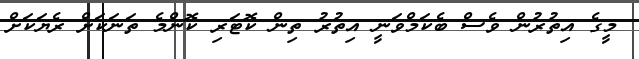
މީގެ އިތުރުން ވެސް ބެކަމްވަނީ އިތުރު ތިން ކޮޓަރި ކޮންމެ ތަނަކަށް ރެޔަކަށް